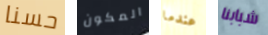
حسنا المكون عندما شبابنا